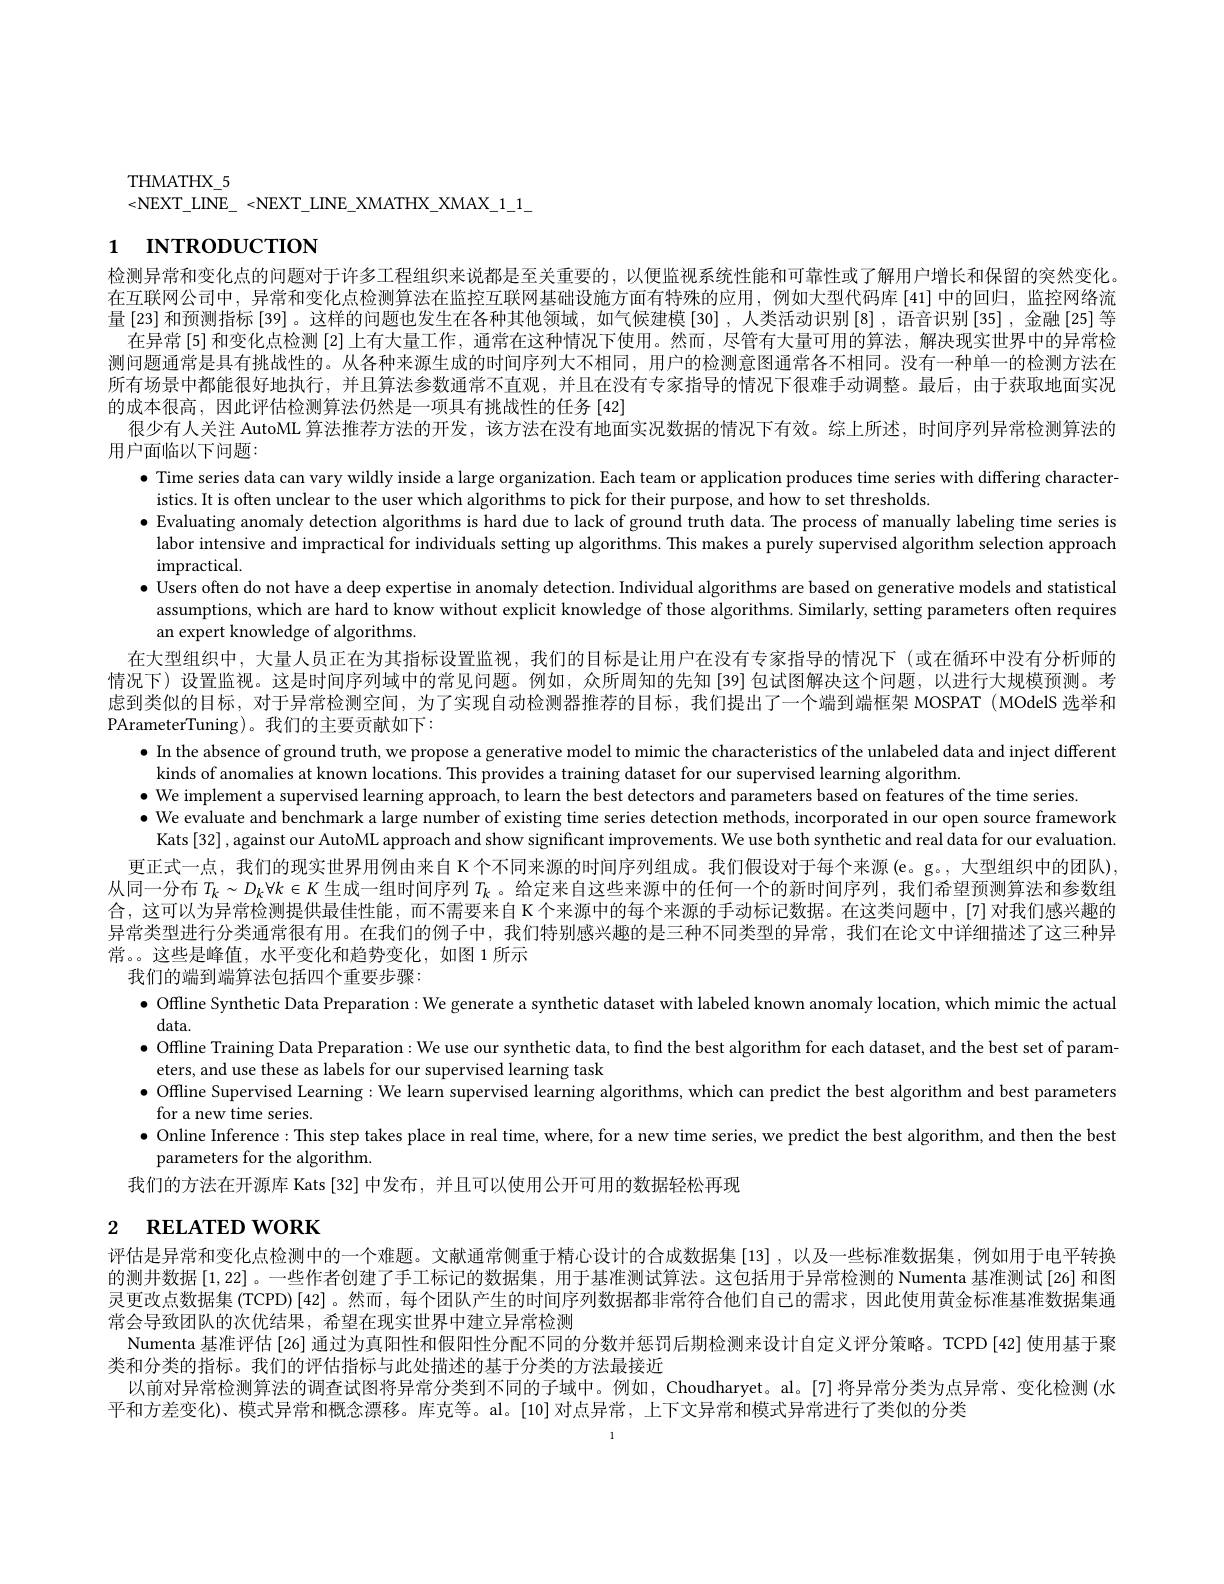
THMATHX\_5
<NEXT\_LINE\_<NEXT\_LINE\_XMATHX\_XMAX\_1\_1\_

# 1 INTRODUCTION

检测异常和变化点的问题对于许多工程组织来说都是至关重要的，以便监视系统性能和可靠性或了解用户增长和保留的突然变化。在互联网公司中，异常和变化点检测算法在监控互联网基础设施方面有特殊的应用，例如大型代码库[41]中的回归，监控网络流量[23]和预测指标[39]。这样的问题也发生在各种其他领域，如气候建模[30],人类活动识别[8],语音识别[35],金融[25]等
在异常 [5] 和变化点检测 [2] 上有大量工作，通常在这种情况下使用。然而，尽管有大量可用的算法，解决现实世界中的异常检测问题通常是具有挑战性的。从各种来源生成的时间序列大不相同，用户的检测意图通常各不相同。没有一种单一的检测方法在所有场景中都能很好地执行，并且算法参数通常不直观，并且在没有专家指导的情况下很难手动调整。最后，由于获取地面实况的成本很高，因此评估检测算法仍然是一项具有挑战性的任务[42]
很少有人关注 AutoML 算法推荐方法的开发，该方法在没有地面实况数据的情况下有效。综上所述，时间序列异常检测算法的
用户面临以下问题：
$\bullet$ Time series data can vary wildly inside a large organization. Each team or application produces time series with differing character-
istics. It is often unclear to the user which algorithms to pick for their purpose, and how to set thresholds
$\bullet$ Evaluating anomaly detection algorithms is hard due to lack of ground truth data. The process of manually labeling time series is
labor intensive and impractical for individuals setting up algorithms. This makes a purely supervised algorithm selection approach
$\operatorname*{impractical}.$
$\bullet$ Users often do not have a deep expertise in anomaly detection. Individual algorithms are based on generative models and statistical
assumptions, which are hard to know without explicit knowledge of those algorithms. Similarly, setting parameters often requires
an expert knowledge of algorithms
在大型组织中，大量人员正在为其指标设置监视，我们的目标是让用户在没有专家指导的情况下(或在循环中没有分析师的情况下) 设置监视。这是时间序列域中的常见问题。例如，众所周知的先知[39]包试图解决这个问题，以进行大规模预测。考虑到类似的目标，对于异常检测空间，为了实现自动检测器推荐的目标，我们提出了一个端到端框架 MOSPAT (MOdelS 选举和PArameterTuning)。我们的主要贡献如下：
$\bullet$ In the absence of ground truth, we propose a generative model to mimic the characteristics of the unlabeled data and inject differente $\bullet$
kinds of anomalies at known locations. This provides a training dataset for our supervised learning algorithm.
$\bullet$ We implement a supervised learning approach, to learn the best detectors and parameters based on features of the time series.
$\bullet$ We evaluate and benchmark a large number of existing time series detection methods, incorporated in our open source framework
Kats[32], against our AutoML approach and show significant improvements. We use both synthetic and real data for our evaluation 更正式一点，我们的现实世界用例由来自 K 个不同来源的时间序列组成。我们假设对于每个来源(e。g。,大型组织中的团队)
从同一分布$T_k\sim D_k\forall k\in K$生成一组时间序列$T_k$ 。给定来自这些来源中的任何一个的新时间序列，我们希望预测算法和参数组合，这可以为异常检测提供最佳性能，而不需要来自 K 个来源中的每个来源的手动标记数据。在这类问题中，[7]对我们感兴趣的异常类型进行分类通常很有用。在我们的例子中，我们特别感兴趣的是三种不同类型的异常，我们在论文中详细描述了这三种异常。。这些是峰值，水平变化和趋势变化，如图 1 所示
我们的端到端算法包括四个重要步骤：
$\bullet$ Offline Synthetic Data Preparation: We generate a synthetic dataset with labeled known anomaly location, which mimic the actual
data.
$\bullet$ Offline Training Data Preparation: We use our synthetic data, to find the best algorithm for each dataset, and the best set of param
eters, and use these as labels for our supervised learning task
$\bullet$ Offline Supervised Learning: We learn supervised learning algorithms, which can predict the best algorithm and best parameters
for a new time series.
$\bullet$ Online Inference: This step takes place in real time, where, for a new time series, we predict the best algorithm, and then the best
parameters for the algorithm.
我们的方法在开源库 Kats[32] 中发布，并且可以使用公开可用的数据轻松再现
2 RELATED WORK

评估是异常和变化点检测中的一个难题。文献通常侧重于精心设计的合成数据集[13],以及一些标准数据集，例如用于电平转换的测井数据$\left[1,22\right]$。一些作者创建了手工标记的数据集，用于基准测试算法。这包括用于异常检测的 Numenta 基准测试[26]和图灵更改点数据集 (TCPD) $\left[42\right]$。然而，每个团队产生的时间序列数据都非常符合他们自己的需求，因此使用黄金标准基准数据集通常会导致团队的次优结果，希望在现实世界中建立异常检测
Numenta 基准评估[26] 通过为真阳性和假阳性分配不同的分数并惩罚后期检测来设计自定义评分策略。TCPD $\{42\}$使用基于聚
类和分类的指标。我们的评估指标与此处描述的基于分类的方法最接近
以前对异常检测算法的调查试图将异常分类到不同的子域中。例如，Choudharyet。al。[7]将异常分类为点异常、变化检测(水
平和方差变化)、模式异常和概念漂移。库克等。al。[10]对点异常，上下文异常和模式异常进行了类似的分类